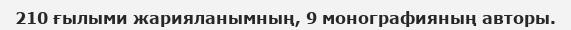
210 ғылыми жарияланымның, 9 монографияның авторы.